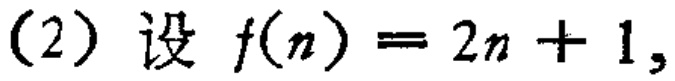
(2) 设 \(f(n)=2n + 1\)，